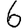
Digit: 6